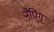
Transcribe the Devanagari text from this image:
नैपिंग